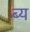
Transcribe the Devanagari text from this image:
ब्य